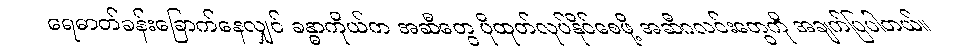
ရေဓာတ်ခန်းခြောက်နေလျှင် ခန္ဓာကိုယ်က အဆီတွေ ပိုထုတ်လုပ်နိုင်စေဖို့ အဆီဂလင်းတွေကို အချက်ပြပါတယ်။